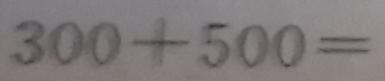
3 0 0 + 5 0 0 =